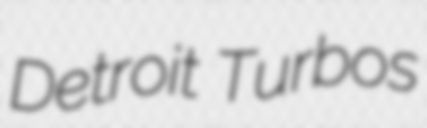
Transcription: Detroit Turbos